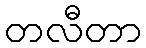
တလီတာ